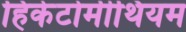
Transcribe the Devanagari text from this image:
हिकेटोमीथियम